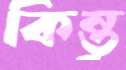
কিন্তু